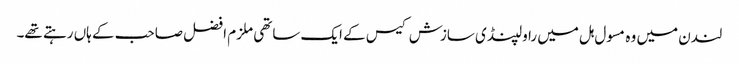
لندن میں وہ مسول ہل میں راولپنڈی سازش کیس کے ایک ساتھی ملزم افضل صاحب کے ہاں رہتے تھے۔